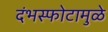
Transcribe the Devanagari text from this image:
दंभस्फोटामुळे